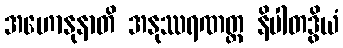
အဟောနုနာတိ အနုဿရဏတ္ထ နိပါတဒွိယံ